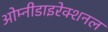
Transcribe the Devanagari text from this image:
ओम्नीडाइरेक्शनल